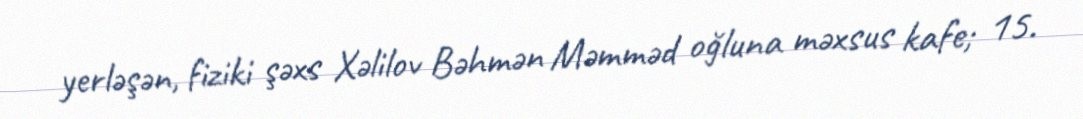
yerləşən, fiziki şəxs Xəlilov Bəhmən Məmməd oğluna məxsus kafe; 15.